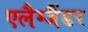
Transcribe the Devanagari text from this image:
एलैग्जैंडर